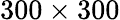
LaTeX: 300\times 300